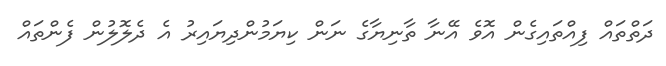
ދަތްތައް ފިއްތައިގެން އޮވެ އޭނާ ތާނިޔާގެ ނަން ކިޔަމުންދިޔައިރު އެ ދެލޮލުން ފެންތައް